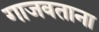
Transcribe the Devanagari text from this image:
गाजवताना